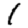
Digit: 1